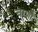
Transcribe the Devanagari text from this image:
चरणोँ